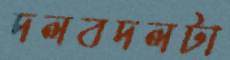
দলবদলটা